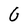
Character: G